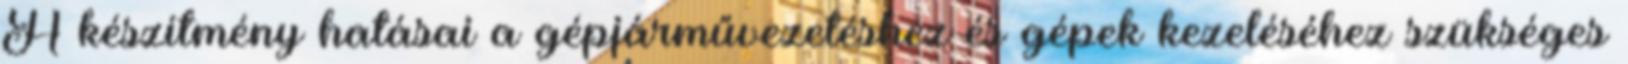
A készítmény hatásai a gépjárművezetéshez és gépek kezeléséhez szükséges